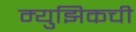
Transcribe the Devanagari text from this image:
म्युझिकची